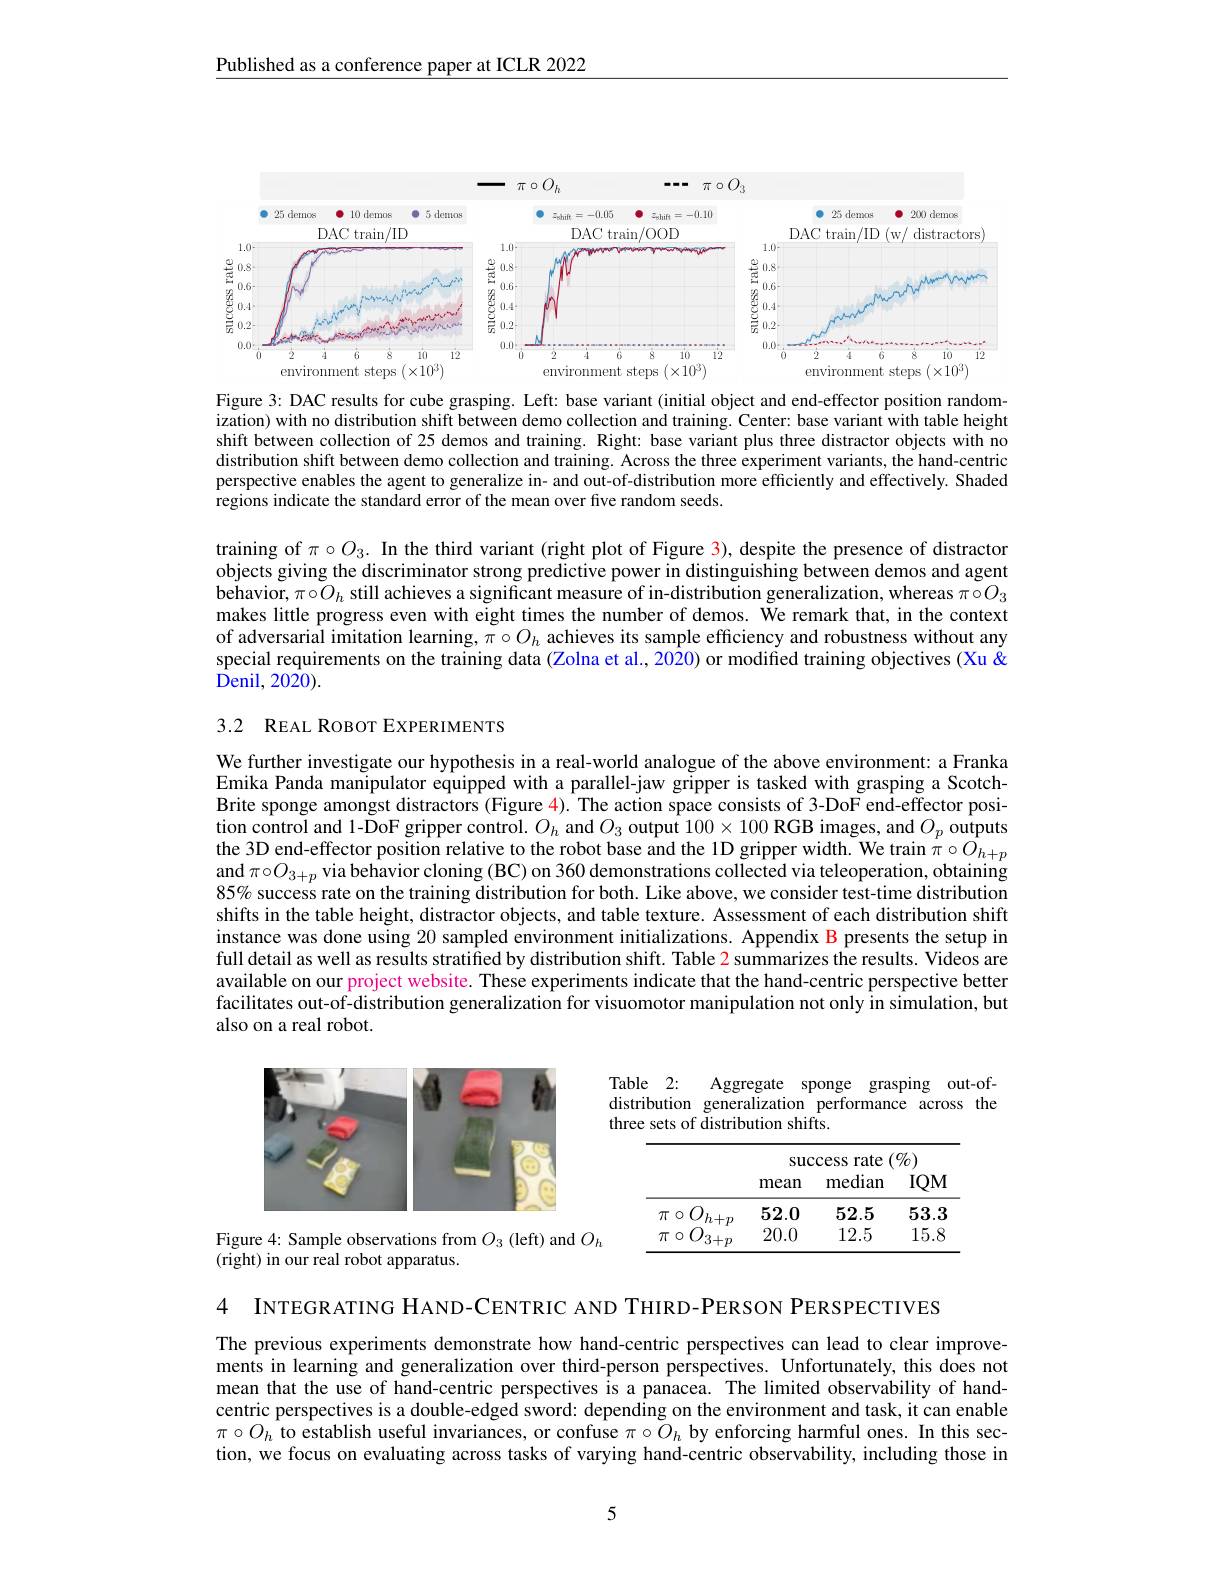
Published as a conference paper at ICLR 2022

<FigureHere>
Figure 3: DAC results for cube grasping. Left: base variant (initial object and end-effector position random-

ization) with no distribution shift between demo collection and training. Center: base variant with table height shift between collection of 25 demos and training. Right: base variant plus three distractor objects with no distribution shiff between demo collection and training. Across the three experiment variants, the hand-centric perspective enables the agent to generalize in- and out-of-distribution more efficiently and effectively. Shaded regions indicate the standard error of the mean over five random seeds.

training of $\pi\circ O_3.$ In the third variant (right plot of Figure 3), despite the presence of distractor objects giving the discriminator strong predictive power in distinguishing between demos and agent behavior, $\pi\circ O_h$ still achieves a significant measure of in-distribution generalization, whereas $\pi\circ O_3$ makes little progress even with eight times the number of demos. We remark that, in the context of adversarial imitation learning, $\pi\circ O_h$ achieves its sample efficiency and robustness without any special requirements on the training data (Zolna et al., 2020) or modified training objectives (Xu & Denil, 2020).

# 3.2 REAL ROBOT EXPERIMENTS

We further investigate our hypothesis in a real-world analogue of the above environment: a Franka Emika Panda manipulator equipped with a parallel-jaw gripper is tasked with grasping a ScotchBrite sponge amongst distractors (Figure $\color{red}{4}).$ The action space consists of 3-DoF end-effector position control and 1-DoF gripper control. $O_h$ and $O_3$ output $100\times 100\textbf{ RGB images, and }O_p$ outputs the 3D end-effector position relative to the robot base and the 1D gripper width. We train $\pi\circ O_{h+p}$ and $\pi \circ O_{3+ p}$ via behavior cloning ( BC) on 360 demonstrations collected via teleoperation, obtaining and $\pi \circ O_{3+ p}$ via behavior cloning ( BC) on 360 demonstrations collected via teleoperation, obtaining 85% success rate on the training distribution for both. Like above, we consider test-time distribution shifts in the table height, distractor objects, and table texture. Assessment of each distribution shift instance was done using 20 sampled environment initializations. Appendix B presents the setup in full detail as well as results stratified by distribution shift. Table 2 summarizes the results. Videos are available on our project website. These experiments indicate that the hand-centric perspective better facilitates out-of-distribution generalization for visuomotor manipulation not only in simulation, but also on a real robot.

Table 2:
Aggregate sponge grasping out-of-
distribution generalization performance across the
three sets of distribution shifts.

<FigureHere>

<table>
	<tbody>
		<tr>
			<th> </th>
			<th colspan="3">$:(\%)$ success rate</th>
		</tr>
		<tr>
			<th> </th>
			<th>mean</th>
			<th>median</th>
			<th>$IQM$</th>
		</tr>
		<tr>
			<td>$\pi$ $\because0$</td>
			<td>52.0 TT</td>
			<td>52.5</td>
			<td>53.3</td>
		</tr>
		<tr>
			<td>$\pi$ $\because0$</td>
			<td>20.0 $\cdot TD$</td>
			<td>12.5</td>
			<td>15.8</td>
		</tr>
	</tbody>
</table>

Figure 4: Sample observations from $O_{3}$ (left) and $O_h$
$\bar{\text{(right) in our real robot apparatus.}}$

4 INTEGRATING HAND-CENTRIC AND THIRD-PERSON PERSPECTIVES

The previous experiments demonstrate how hand-centric perspectives can lead to clear improvements in learning and generalization over third-person perspectives. Unfortunately, this does not mean that the use of hand-centric perspectives is a panacea. The limited observability of handcentric perspectives is a double-edged sword: depending on the environment and task, it can enable $\pi\circ O_h$ to establish useful invariances, or confuse $\pi\circ O_h$ by enforcing harmful ones. In this section, we focus on evaluating across tasks of varying hand-centric observability, including those in

5